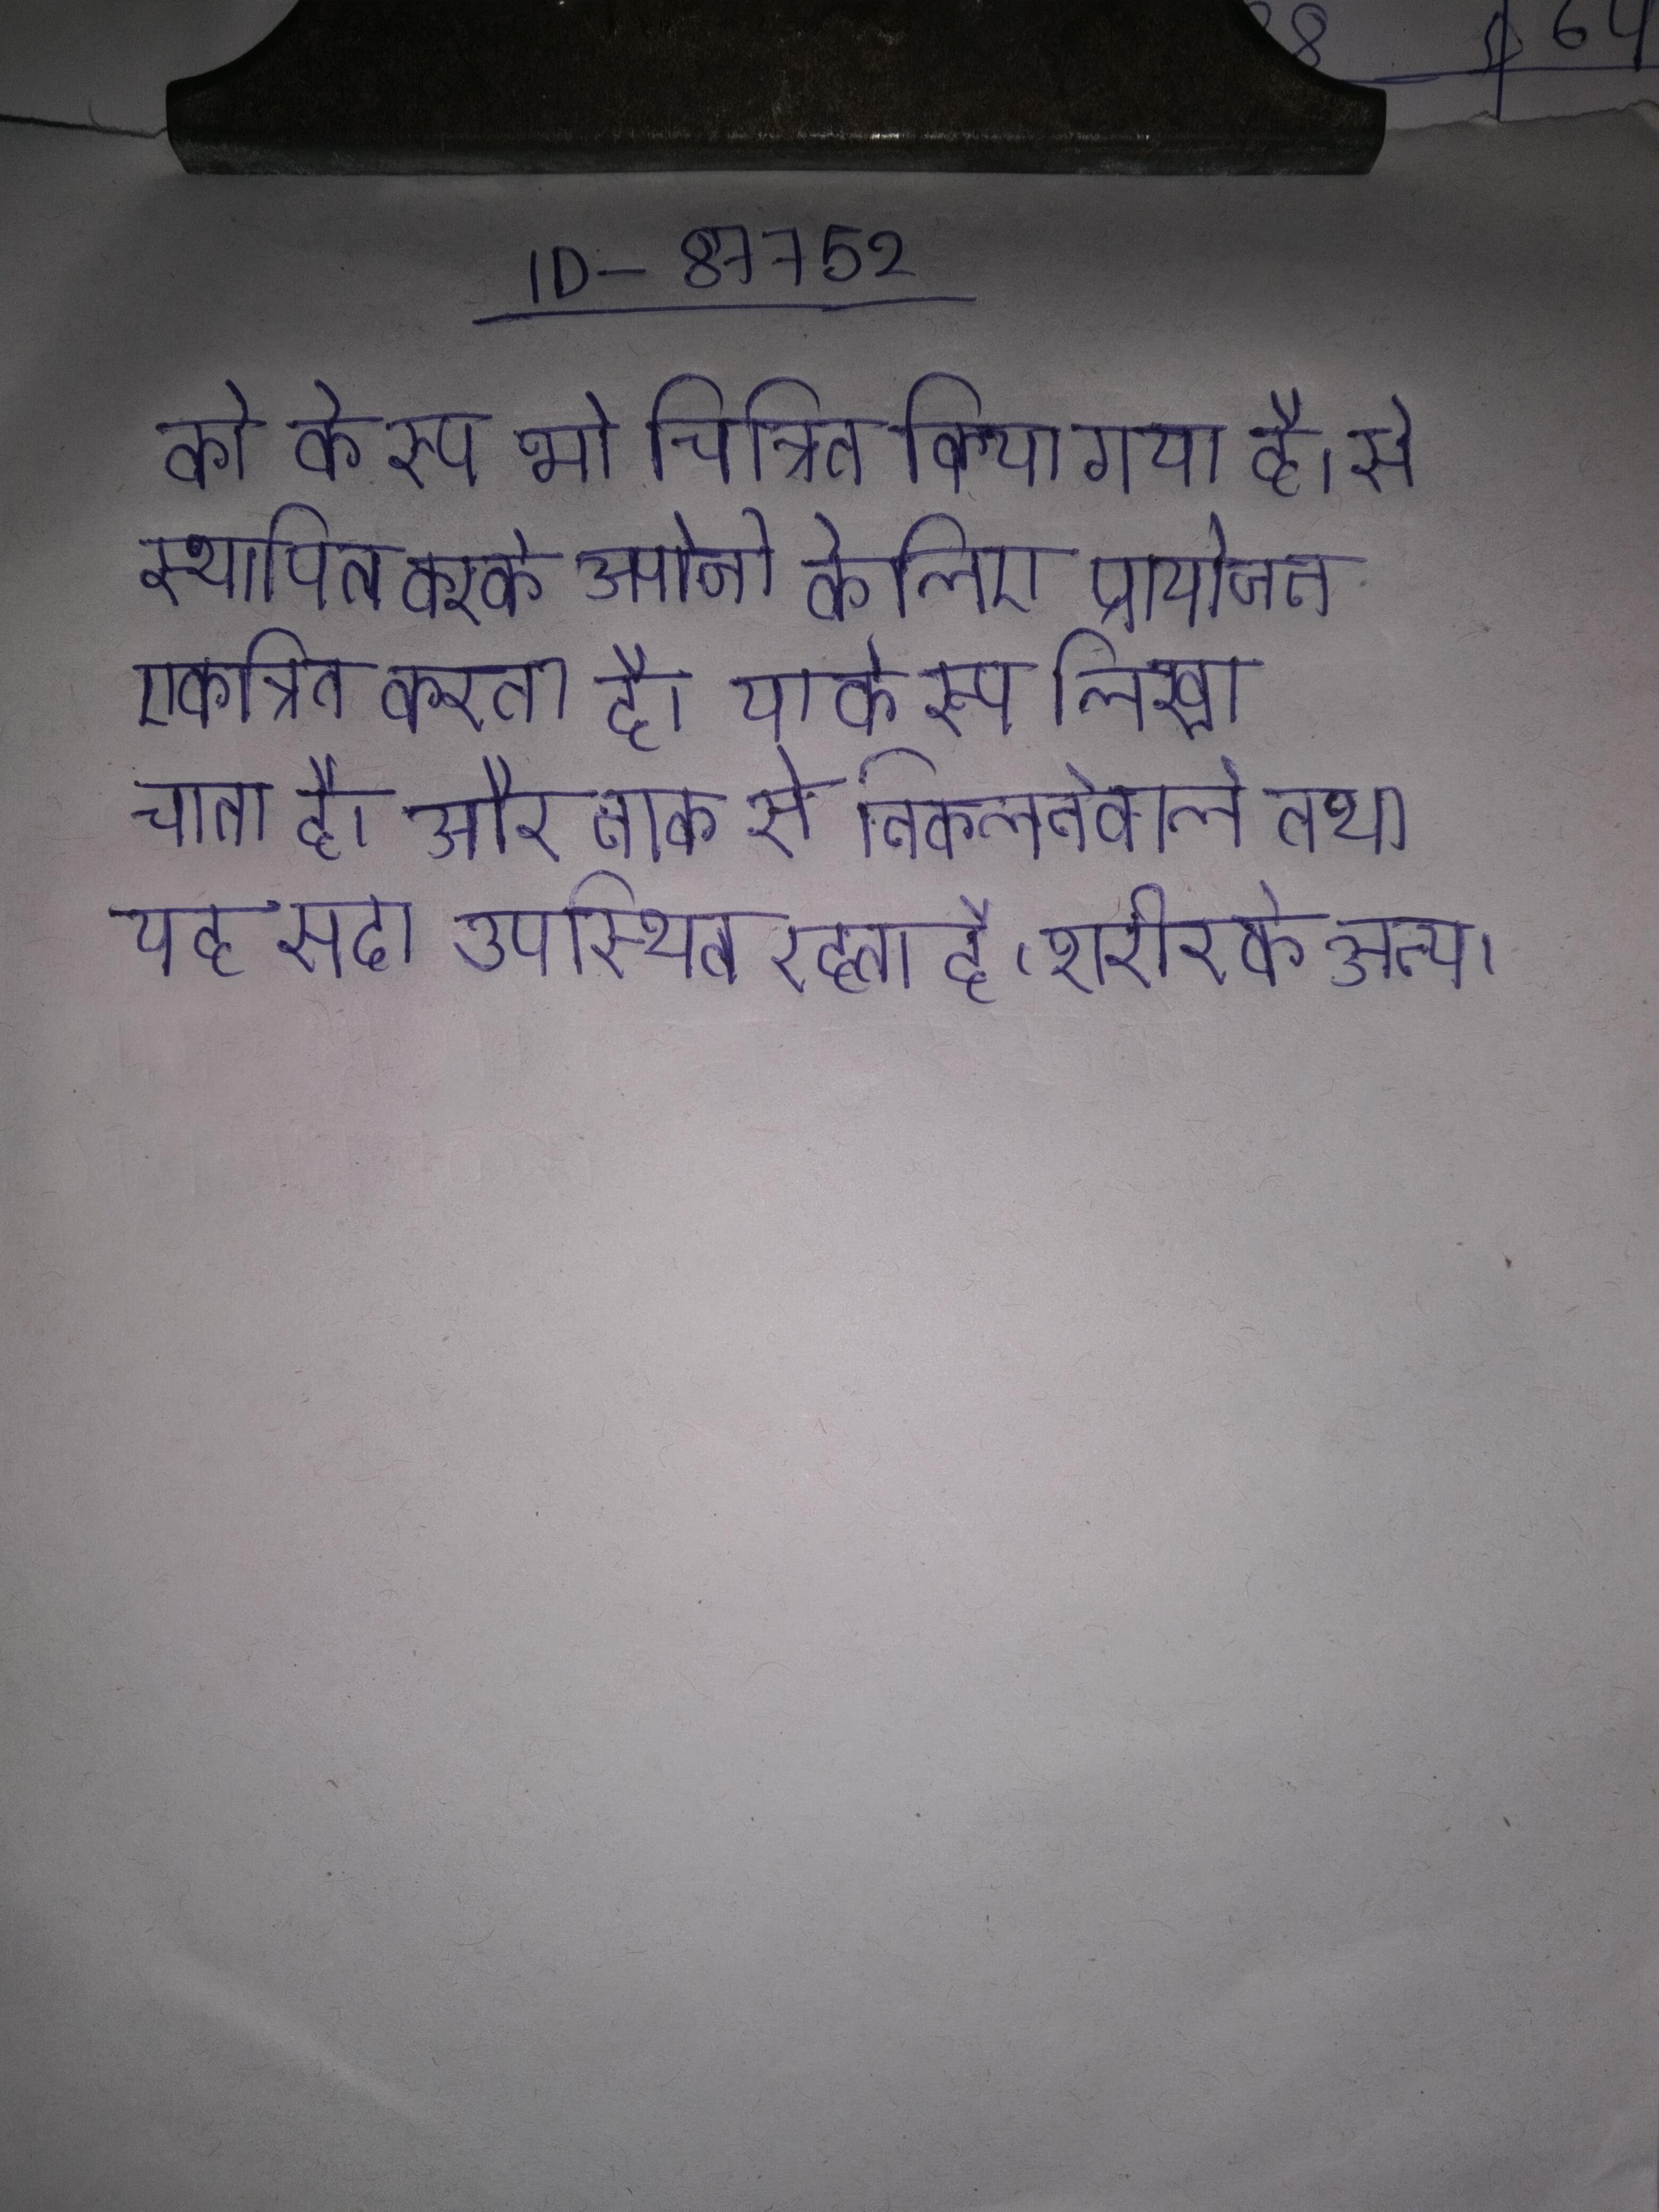
को के रूप भी चित्रित किया गया है । से स्थापित करके अपोजी के लिए प्रायोजन एकत्रित करता है । या के रूप लिखा जाता है । और नाक से निकलनेवाले तथा यह सदा उपस्थित रहता है, शरीर के अन्य ।